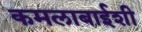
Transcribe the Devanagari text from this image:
कमलाबाईशी